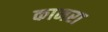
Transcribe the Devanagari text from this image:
कानरा